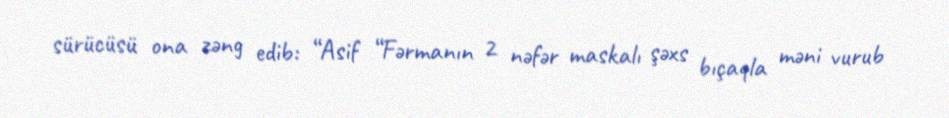
sürücüsü ona zəng edib: “Asif “Fərmanın 2 nəfər maskalı şəxs bıçaqla məni vurub